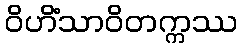
ဝိဟိံသာဝိတက္ကဿ